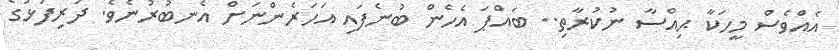
އެއްވެސް މީހަކާ ޙިއްސާ ނުކުރާތި.. ބައްޕަ އެހެން ބުނެފައި އަހަރެންނަށް އެނބުރުނެވެ. ދަރިފުޅުގެ